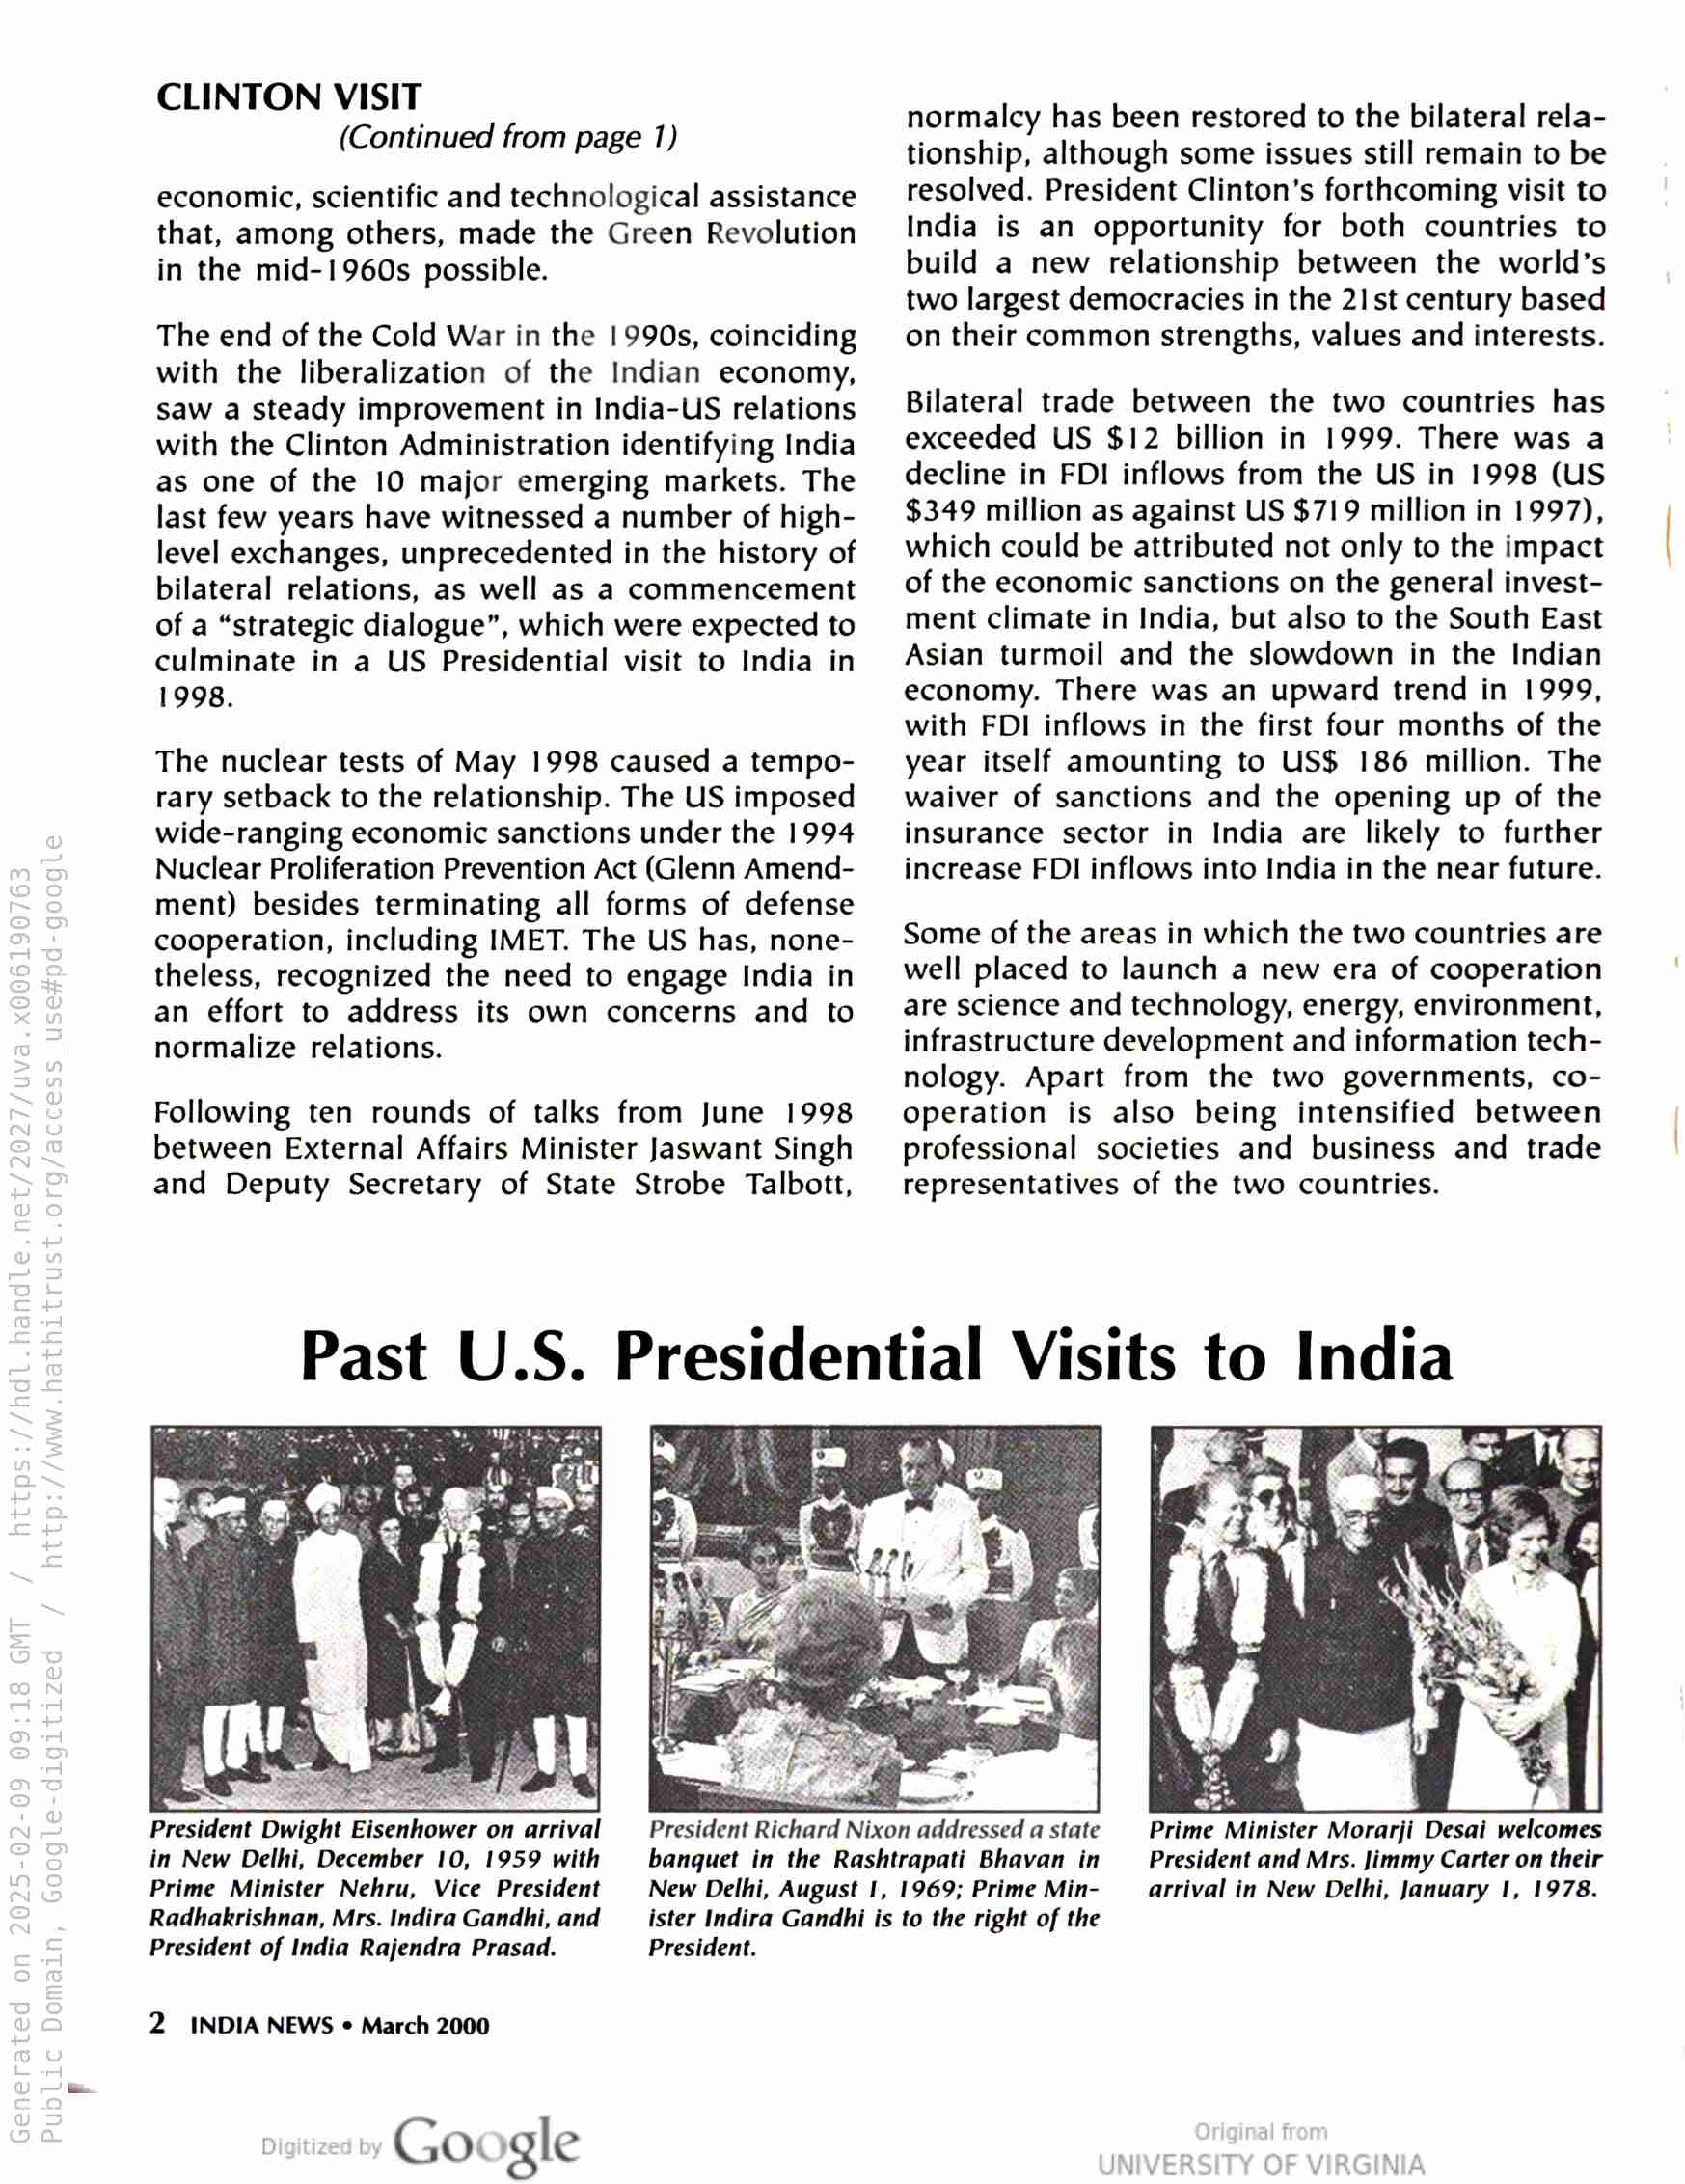
CLINTON VISIT
(Continued from page 1)

economic, scientific and technological assistance
that, among others, made the Green Revolution
in the mid-1960s possible.

The end of the Cold War in the 1990s, coinciding
with the liberalization of the Indian economy,
saw a steady improvement in India-US relations
with the Clinton Administration identifying India
as one of the 10 major emerging markets. The
last few years have witnessed a number of high-
level exchanges, unprecedented in the history of
bilateral relations, as well as a commencement
of a “strategic dialogue”, which were expected to
culminate in a US Presidential visit to India in
1998.

The nuclear tests of May 1998 caused a tempo-
rary setback to the relationship. The US imposed
wide-ranging economic sanctions under the 1994
Nuclear Proliferation Prevention Act (Glenn Amend-
ment) besides terminating all forms of defense
cooperation, including IMET. The US has, none-
theless, recognized the need to engage India in
an effort to address its own concerns and to
normalize relations.

Following ten rounds of talks from June 1998
between External Affairs Minister Jaswant Singh
and Deputy Secretary of State Strobe Talbott,

normalcy has been restored to the bilateral rela-
tionship, although some issues still remain to be
resolved. President Clinton’s forthcoming visit to
India is an opportunity for both countries to
build a new relationship between the world’s
two largest democracies in the 21st century based
on their common strengths, values and interests.

Bilateral trade between the two countries has
exceeded US $12 billion in 1999. There was a
decline in FD! inflows from the US in 1998 (US
$349 million as against US $719 million in 1997),
which could be attributed not only to the impact
of the economic sanctions on the general invest-
ment climate in India, but also to the South East
Asian turmoil and the slowdown in the Indian
economy. There was an upward trend in 1999,
with FDI inflows in the first four months of the
year itself amounting to US$ 186 million. The
waiver of sanctions and the opening up of the
insurance sector in India are likely to further
increase FDI inflows into India in the near future.

Some of the areas in which the two countries are
well placed to launch a new era of cooperation
are science and technology, energy, environment,
infrastructure development and information tech-
nology. Apart from the two governments, co-
operation is also being intensified between
professional societies and business and trade
representatives of the two countries.

Past U.S. Presidential Visits to India

President Dwight Eisenhower on arrival
in New Delhi, December 10, 1959 with
Prime Minister Nehru, Vice President
Radhakrishnan, Mrs. Indira Gandhi, and
President of India Rajendra Prasad.

2 INDIA NEWS « March 2000

Google

President Richard Nixon addressed a state
banquet in the Rashtrapati Bhavan in
New Delhi, August 1, 1969; Prime Min-
ister Indira Gandhi is to the right of the
President.

Prime Minister Morarji Desai welcomes
President and Mrs. Jimmy Carter on their
arrival in New Delhi, January 1, 1978.